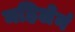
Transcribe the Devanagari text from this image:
महिलेनं